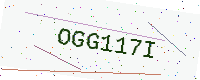
Text: OGG117I